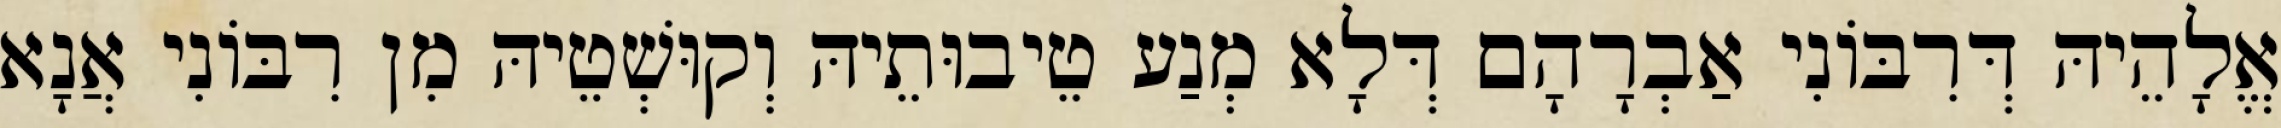
אֱלָהֵיהּ דְּרִבּוֹנִי אַבְרָהָם דְּלָא מְנַע טֵיבוּתֵיהּ וְקוּשְׁטֵיהּ מִן רִבּוֹנִי אֲנָא